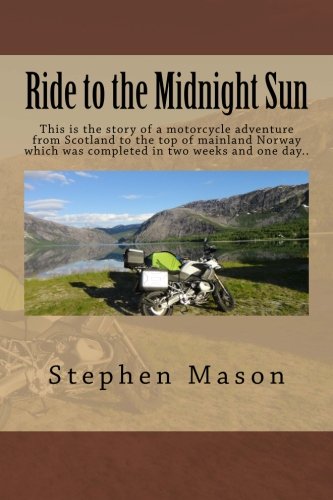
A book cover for Ride to the Midnight Sun -: This is the story of a motorcycle adventure from Scotland to the top of mainland Norway which was completed in two weeks and one day..; Stephen B Mason; Travel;